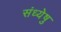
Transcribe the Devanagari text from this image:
संध्येषु